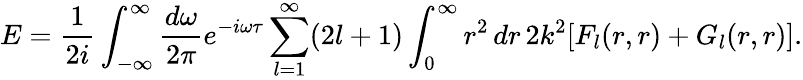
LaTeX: E={\frac{1}{2i}}\int_{-\infty}^{\infty}{\frac{d\omega}{2\pi}}e^{-i\omega\tau}\sum_{l=1}^{\infty}(2l+1)\int_{0}^{\infty}r^{2}\, dr\, 2k^{2}[F_{l}(r,r)+G_{l}(r,r)].